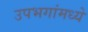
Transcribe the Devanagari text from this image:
उपभगांमध्ये